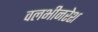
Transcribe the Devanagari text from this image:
वलभीनरेश